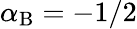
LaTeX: \alpha_{\mathrm{B}}=-1/2